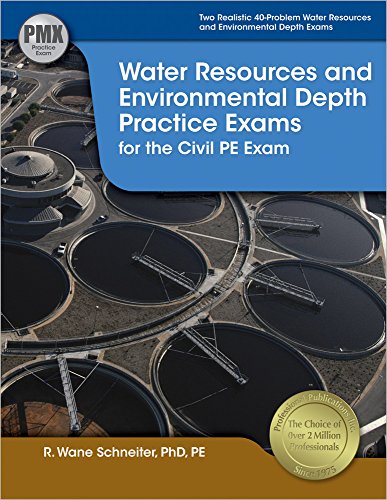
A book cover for Water Resources and Environmental Depth Practice Exams for the Civil PE Exam; R.  Wane Schneiter PhD  PE; Science & Math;